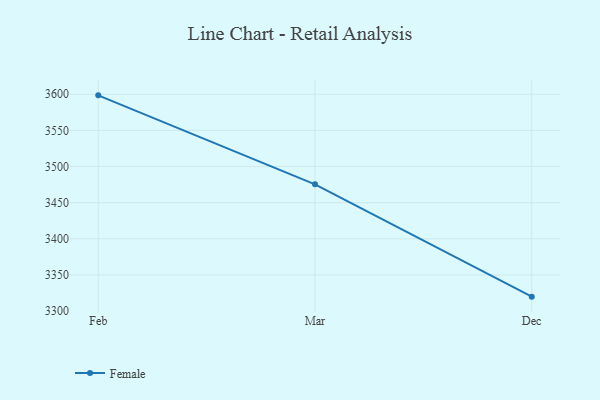
{"axis": {"x": "Month", "y": "LTV (USD)"}, "legend": ["Female"], "data": [{"x": "Feb", "y": 3598.5, "type": "Female"}, {"x": "Mar", "y": 3475.4, "type": "Female"}, {"x": "Dec", "y": 3319.9, "type": "Female"}]}